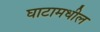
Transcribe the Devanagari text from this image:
घाटामधील